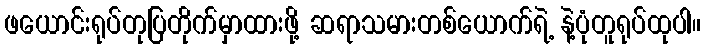
ဖယောင်းရုပ်တုပြတိုက်မှာထားဖို့ ဆရာသမားတစ်ယောက်ရဲ့ နဲ့ပုံတူရုပ်ထုပါ။